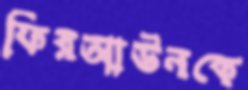
ফিরআউনকে